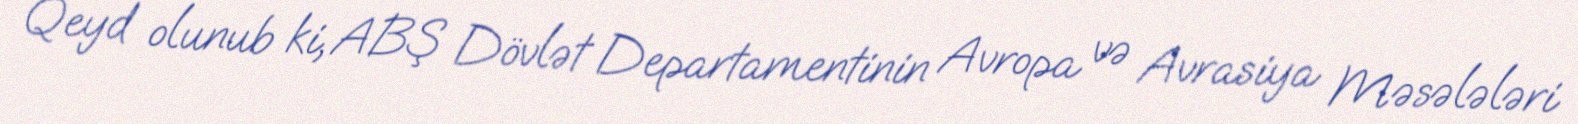
Qeyd olunub ki, ABŞ Dövlət Departamentinin Avropa və Avrasiya Məsələləri